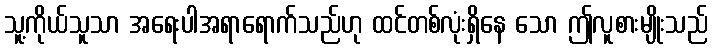
သူ့ကိုယ်သူသာ အရေးပါအရာရောက်သည်ဟု ထင်တစ်လုံးရှိနေ သော ဤလူစားမျိုးသည်